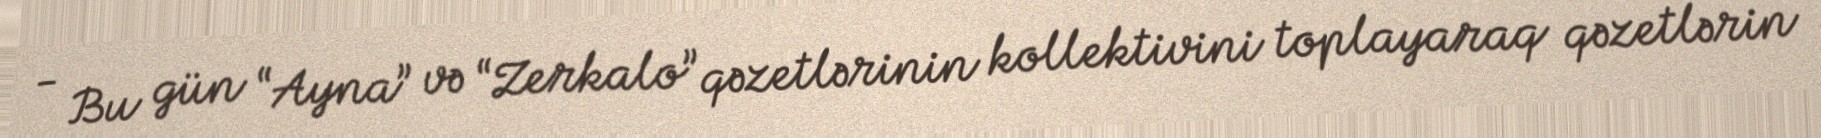
- Bu gün “Ayna” və “Zerkalo” qəzetlərinin kollektivini toplayaraq qəzetlərin